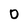
Character: 0